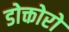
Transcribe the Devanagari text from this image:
डोक्तोरो